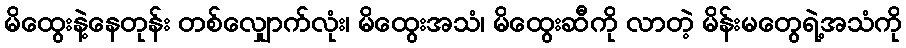
မိထွေးနဲ့နေတုန်း တစ်လျှောက်လုံး၊ မိထွေးအသံ၊ မိထွေးဆီကို လာတဲ့ မိန်းမတွေရဲ့အသံကို